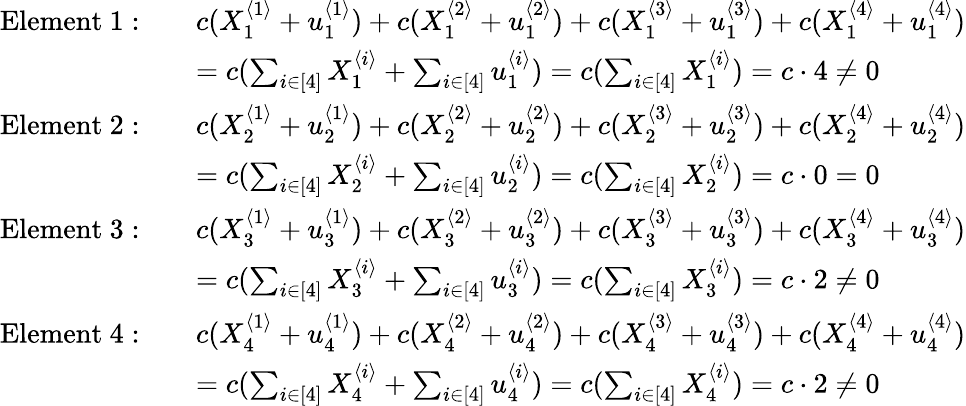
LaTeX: \begin{array}{rl}{\mathrm{Element}~1:\quad}&{c(X_{1}^{\langle 1\rangle}+u_{1}^{\langle 1\rangle})+c(X_{1}^{\langle 2\rangle}+u_{1}^{\langle 2\rangle})+c(X_{1}^{\langle 3\rangle}+u_{1}^{\langle 3\rangle})+c(X_{1}^{\langle 4\rangle}+u_{1}^{\langle 4\rangle})}\\ &{=c(\sum_{i\in[4]}X_{1}^{\langle i\rangle}+\sum_{i\in[4]}u_{1}^{\langle i\rangle})=c(\sum_{i\in[4]}X_{1}^{\langle i\rangle})=c\cdot 4\neq 0}\\ {\mathrm{Element}~2:\quad}&{c(X_{2}^{\langle 1\rangle}+u_{2}^{\langle 1\rangle})+c(X_{2}^{\langle 2\rangle}+u_{2}^{\langle 2\rangle})+c(X_{2}^{\langle 3\rangle}+u_{2}^{\langle 3\rangle})+c(X_{2}^{\langle 4\rangle}+u_{2}^{\langle 4\rangle})}\\ &{=c(\sum_{i\in[4]}X_{2}^{\langle i\rangle}+\sum_{i\in[4]}u_{2}^{\langle i\rangle})=c(\sum_{i\in[4]}X_{2}^{\langle i\rangle})=c\cdot 0=0}\\ {\mathrm{Element}~3:\quad}&{c(X_{3}^{\langle 1\rangle}+u_{3}^{\langle 1\rangle})+c(X_{3}^{\langle 2\rangle}+u_{3}^{\langle 2\rangle})+c(X_{3}^{\langle 3\rangle}+u_{3}^{\langle 3\rangle})+c(X_{3}^{\langle 4\rangle}+u_{3}^{\langle 4\rangle})}\\ &{=c(\sum_{i\in[4]}X_{3}^{\langle i\rangle}+\sum_{i\in[4]}u_{3}^{\langle i\rangle})=c(\sum_{i\in[4]}X_{3}^{\langle i\rangle})=c\cdot 2\neq 0}\\ {\mathrm{Element}~4:\quad}&{c(X_{4}^{\langle 1\rangle}+u_{4}^{\langle 1\rangle})+c(X_{4}^{\langle 2\rangle}+u_{4}^{\langle 2\rangle})+c(X_{4}^{\langle 3\rangle}+u_{4}^{\langle 3\rangle})+c(X_{4}^{\langle 4\rangle}+u_{4}^{\langle 4\rangle})}\\ &{=c(\sum_{i\in[4]}X_{4}^{\langle i\rangle}+\sum_{i\in[4]}u_{4}^{\langle i\rangle})=c(\sum_{i\in[4]}X_{4}^{\langle i\rangle})=c\cdot 2\neq 0}\end{array}